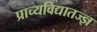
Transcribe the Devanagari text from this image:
प्राच्यविद्यातज्‍ज्ञ